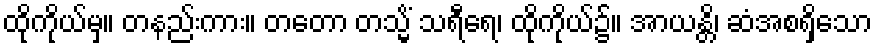
ထိုကိုယ်မှ။ တနည်းကား။ တတော တသ္မိံ သရီရေ၊ ထိုကိုယ်၌။ အာယန္တိ၊ ဆံအစရှိသော